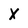
Character: X